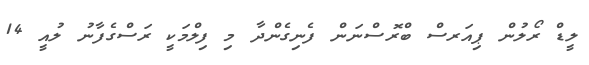
ލީޑް ރޯލުން ޕިއަރސް ބްރޮސްނަން ފެނިގެންދާ މި ފިލްމަކީ ރަސްގެފާނު ލުއީ 14